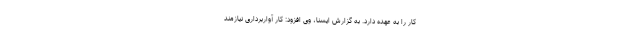
کار را به عهده دارد. به گزارش ایسنا، وی افزود: کار آواربرداری نیازمند